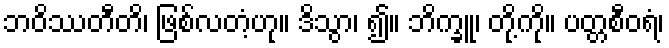
ဘဝိဿတီတိ၊ ဖြစ်လတံ့ဟု။ ဒိသွာ၊ ၍။ ဘိက္ခူ၊ တို့ကို။ ပတ္တစီဝရံ၊